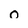
Character: 0